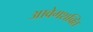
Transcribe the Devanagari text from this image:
आवेगशक्ति